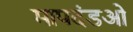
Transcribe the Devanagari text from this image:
मापदंडओ